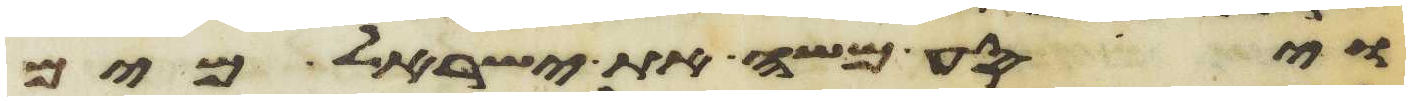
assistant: ויסע משה את ישראל מים